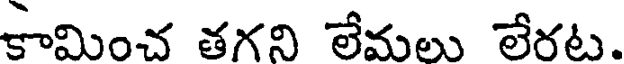
కామించ తగని లేమలు లేరట.